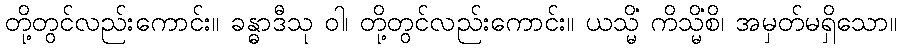
တို့တွင်လည်းကောင်း။ ခန္ဓာဒီသု ဝါ၊ တို့တွင်လည်းကောင်း။ ယသ္မိံ ကိသ္မိံစိ၊ အမှတ်မရှိသော။